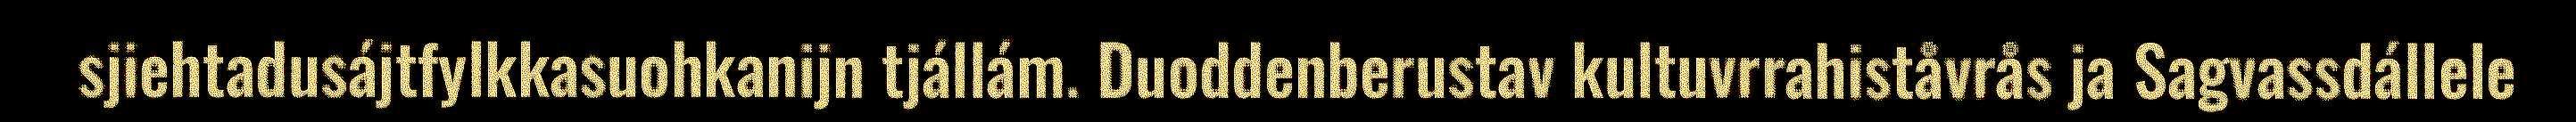
sjiehtadusájtfylkkasuohkanijn tjállám. Duoddenberustav kultuvrrahiståvrås ja Sagvassdállele